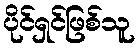
ပိုင်ရှင်ဖြစ်သူ